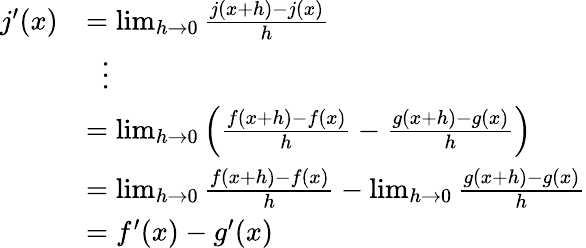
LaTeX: {\begin{array}{rl}{j^{\prime}(x)}&{=\operatorname*{lim}_{h\rightarrow 0}{\frac{j(x+h)-j(x)}{h}}}\\ &{\; \; \vdots}\\ &{=\operatorname*{lim}_{h\rightarrow 0}\left({\frac{f(x+h)-f(x)}{h}}-{\frac{g(x+h)-g(x)}{h}}\right)}\\ &{=\operatorname*{lim}_{h\rightarrow 0}{\frac{f(x+h)-f(x)}{h}}-\operatorname*{lim}_{h\rightarrow 0}{\frac{g(x+h)-g(x)}{h}}}\\ &{=f^{\prime}(x)-g^{\prime}(x)}\end{array}}